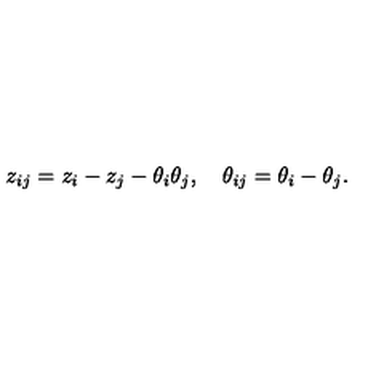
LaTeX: z _ { i j } = z _ { i } - z _ { j } - \theta _ { i } \theta _ { j } , \quad \theta _ { i j } = \theta _ { i } - \theta _ { j } .